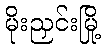
မိုးညှင်းမြို့